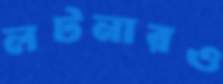
লটনারও